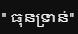
" ធុនទ្រាន់ "